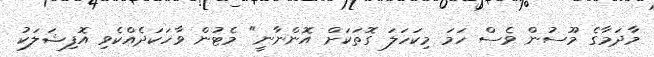
މާދަމާގެ މޫސުން ވެސް ހަމަ މިކަހަލަ ގޮތަކަށް އޮންނާނީ" މެޓުން ވާހަކަދެއްކެވި އޮފިޝަލަކު